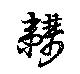
韝